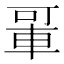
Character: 𬧲